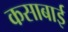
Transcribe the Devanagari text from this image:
कसाबाई